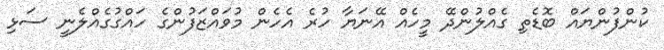
ކުންފުންޔައް ބޮޑެތި ގެއްލުންދޭ މީހެއް އޭނަޔާ ހުރެ އެހެން މުވައްޒަފުންގެ ހައްގުގެއްލެނީ ސަޅި